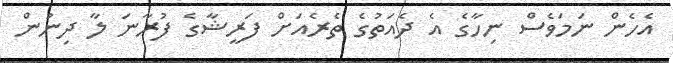
އެހެން ނަމަވެސް ނިހާގެ އެ ދެއަތުގެ ތެރެއަށް ފަރީޝާގެ ފުރާނަ ލާ ދިނުން